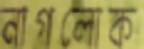
নাগলোক